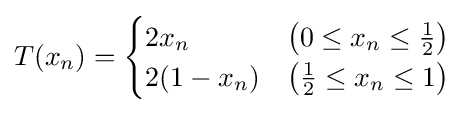
{\displaystyle T(x_{n})={\begin{cases}2x_{n}&\left(0\leq x_{n}\leq {\frac {1}{2}}\right)\\2(1-x_{n})&\left({\frac {1}{2}}\leq x_{n}\leq 1\right)\end{cases}}}